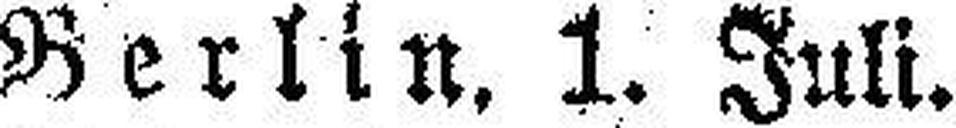
Berlin, 1. Juli.